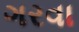
ગરવા